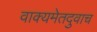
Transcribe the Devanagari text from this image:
वाक्यमेतदुवाच